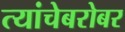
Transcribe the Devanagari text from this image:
त्यांचेबरोबर